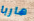
هاربا